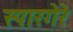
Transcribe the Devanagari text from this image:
स्पारगेरे